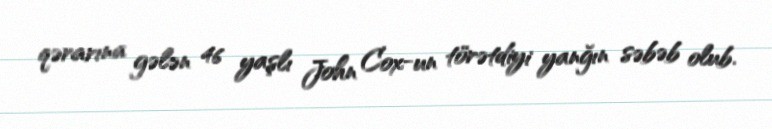
qərarına gələn 46 yaşlı John Cox-un törətdiyi yanğın səbəb olub.